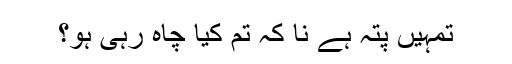
تمہیں پتہ ہے نا کہ تم کیا چاہ رہی ہو؟